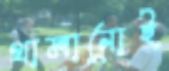
থামানোই